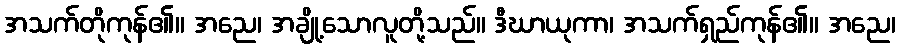
အသက်တိုကုန်၏။ အညေ၊ အချို့သောလူတို့သည်။ ဒီဃာယုကာ၊ အသက်ရှည်ကုန်၏။ အညေ၊